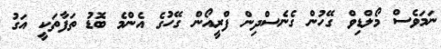
ނަމަވެސް މޯލްޑިވް ގޭހުން ގެނެސްދިން ފްރީއޯން ގޭހުގެ އެންމެ ބޮޑު ތަފާތަކީ އަގު